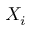
X _ { i }